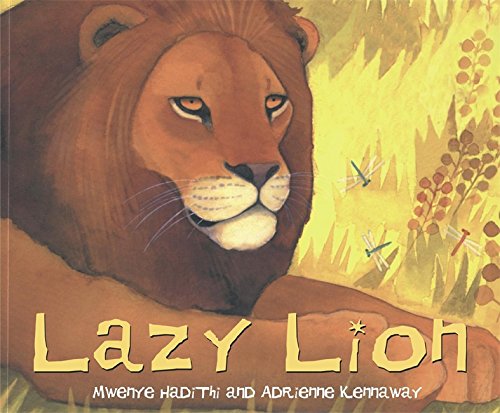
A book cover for Lazy Lion (African Animal Tales); Mwenye Hadithi; Children's Books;